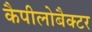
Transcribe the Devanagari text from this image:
कैपीलोबैक्टर